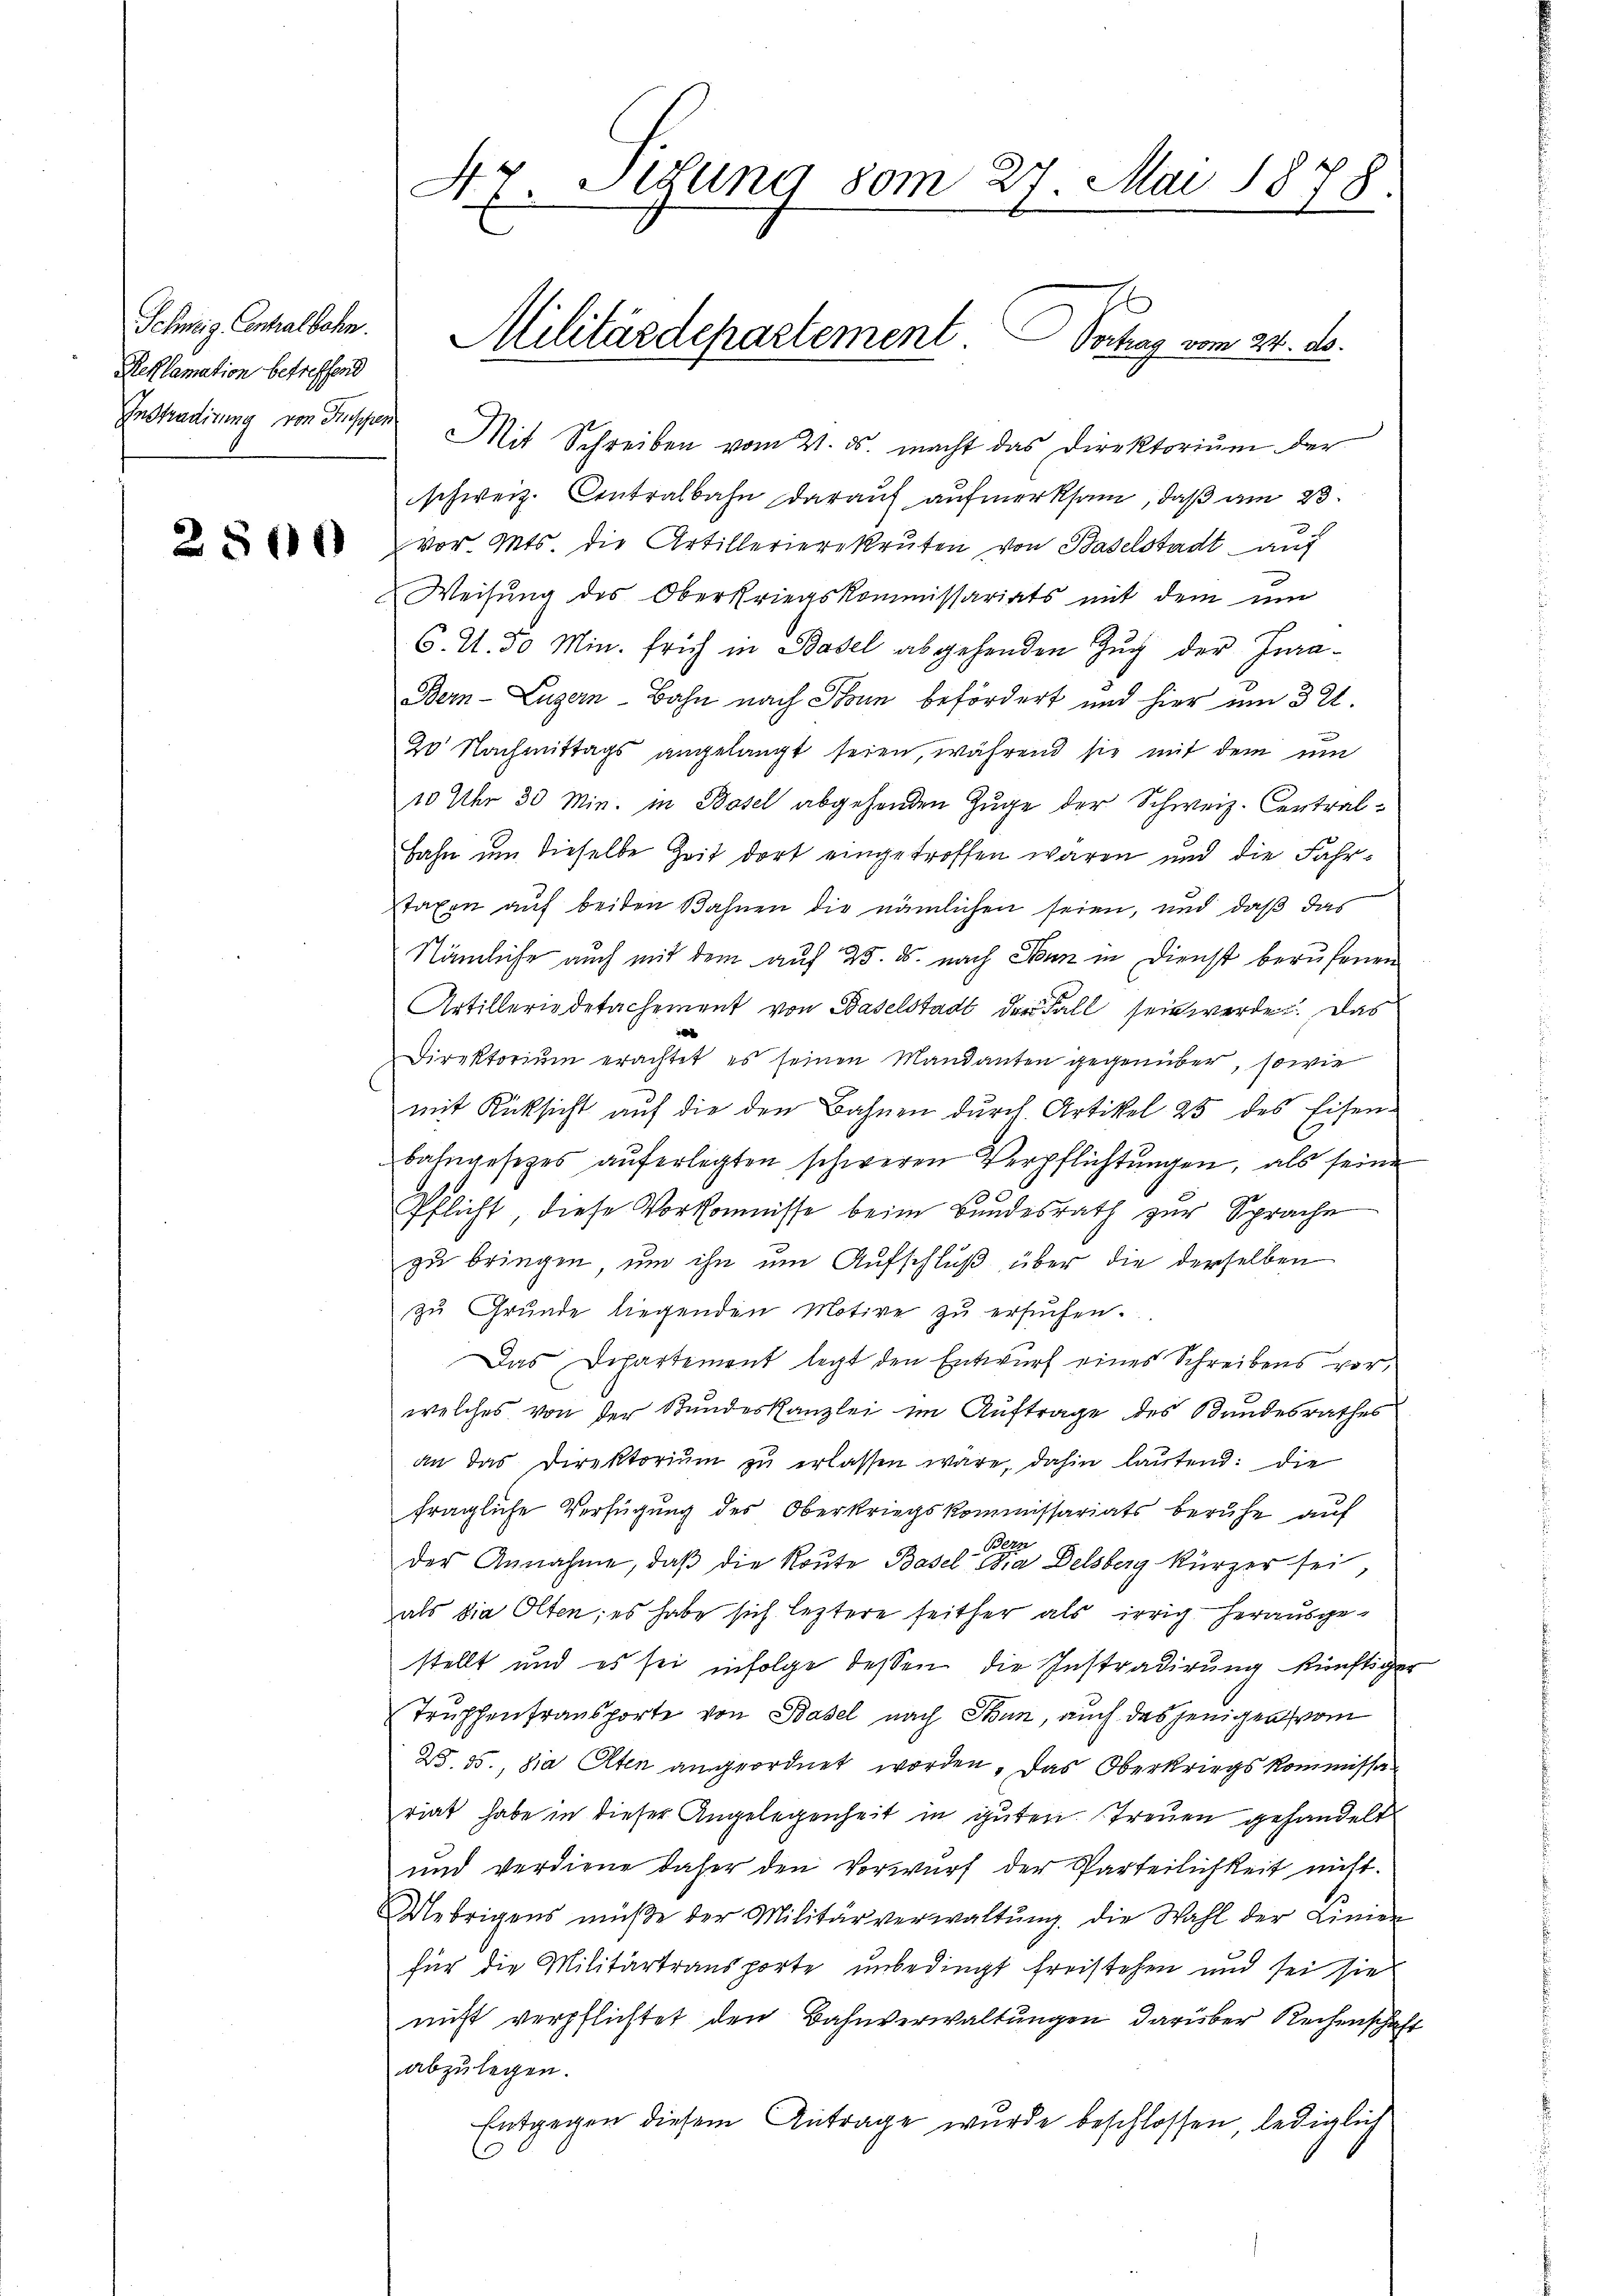
Schnig Contralbahn.
Reklamation betreffend
Instradirung von Kuppen

2800

47. Sitzung vom 27. Mai 1878.

Mit Schreiben vom 4. ds. macht das Direktoriŭm der
schweiz. Contralbahn darauf aufmerksam, daß am 23.
3
vor. Mts. die Artillerierekruten von Baselstadt auf
Weisung des Oberkriegskommissariats mit dem um
6. U. 50 Min. früh in Basel abgehenden Zug der Ina¬
Bern-Luzern-Bahn nach Thun befördert und hier um 32.
20 Nachmittags angelangt seien, während sie mit dem um
10 Uhr 30 Min. in Basel abgehenden Zuge der Schweiz. Central¬
Bahn um dieselbe Zeit dort eingetroffen waren und die Fahrstaxen auf beiden Bahnen die nämlichen seien, und daß das
Nämliche auch mit dem auf 25. ds. nach Senn in Dienst berufenen
Artilleriodetachement von Baselstadt der Fall sein werde. Das
i
Direktoriŭm erachtet es seinen Mandanten gegenüber, sowie
mit Rücksicht aŭf die den Bahnen dŭrch Artikel 25 des Eisen-
bahngesetzes auferlegten schweren Verpflichtungen, als seine
C
Pflicht, diese Vorkomnisse beim Bundesrath zur Sprache
zu bringen, um ihn um Aufschluß über die derselben
zŭ Grŭnde liegenden Motive zŭ ersŭchen.
Das Departement legt den Entwurf eines Schreibens vor,
welches von der Bŭndeskanzlei im Aŭftrage des Bundesrathes
an das Direktorium zu erlassen wäre, dahin lautend: die
fragliche Verfügung des Oberkriegskommissariats beruhe auf
Be
der Annahme, daβ die Route Basel Dia Delsberg kürzer sei
als die Olten; es habe sich leztere seither als irrig herausgestellt und es sei infolge dessen die Instradirung künftiger
Truppentransporte von Basel nach Thun, auch desjeniger vom
W. 55., die Alten angeordnet worden. Das Oberkriegskommissariat habe in dieser Angelegenheit in guten Treuen gehandelt
und verdiene daher den Vorwurf der Parteilichkeit nicht.
Uebrigens müße der Militärverwaltŭng, die Wahl der Linien
für die Militärtransporte unbedingt freistehen und sei sie
nicht verpflichtet den Bahnverwaltungen darüber Rechenschaft
abzulegen.
Entgegen diesem Antrage wurde beschlossen, lediglich

Militärdepartement Schag vom 24. ds.